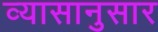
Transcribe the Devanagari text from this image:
व्यासानुसार